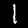
Label: 1